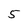
Character: 5